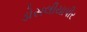
ડોસલીયાપીર